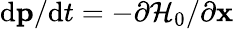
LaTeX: \mathrm{d}\mathbf{p}/\mathrm{d}t=-\partial\mathcal{H}_{0}/\partial\mathbf{x}